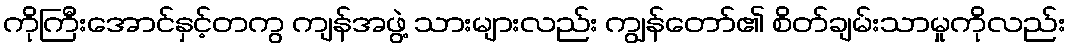
ကိုကြီးအောင်နှင့်တကွ ကျန်အဖွဲ့ သားများလည်း ကျွန်တော်၏ စိတ်ချမ်းသာမှုကိုလည်း